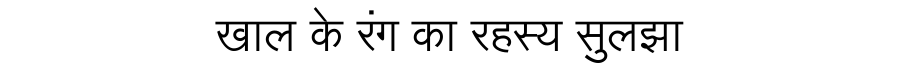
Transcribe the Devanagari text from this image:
खाल के रंग का रहस्य सुलझा